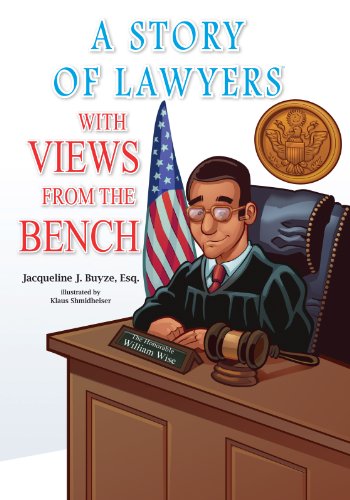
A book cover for A Story of Lawyers with Views from theÂ Bench; Jacqueline J. Buyze; Children's Books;